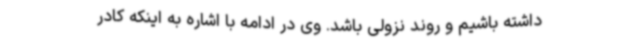
داشته باشیم و روند نزولی باشد. وی در ادامه با اشاره به اینکه کادر